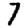
Digit: 7